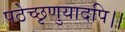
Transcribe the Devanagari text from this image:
पठेच्छृणुयादपि।।